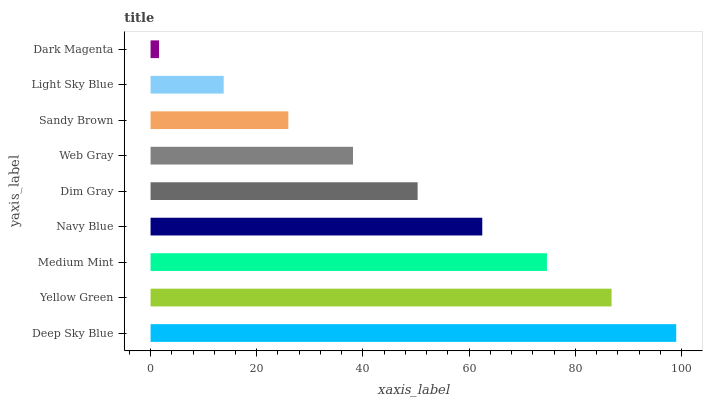
| yaxis_label | bars |
 | --- | --- |
 | Deep Sky Blue | 99 |
 | Yellow Green | 86.8 |
 | Medium Mint | 74.6 |
 | Navy Blue | 62.5 |
 | Dim Gray | 50.3 |
 | Web Gray | 38.1 |
 | Sandy Brown | 25.9 |
 | Light Sky Blue | 13.8 |
 | Dark Magenta | 1.6 |